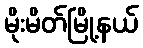
မိုးမိတ်မြို့နယ်